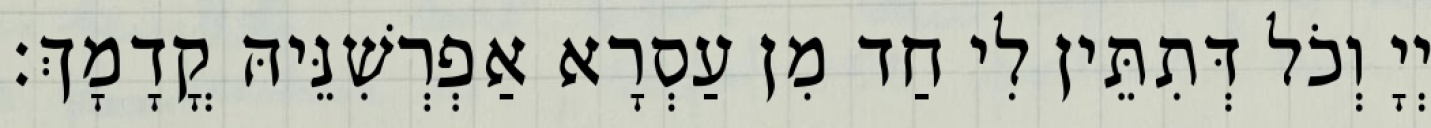
יְיָ וְכֹל דְּתִתֵּין לִי חַד מִן עַסְרָא אַפְרְשִׁנֵּיהּ קֳדָמָךְ׃